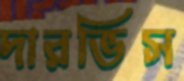
দারভিস